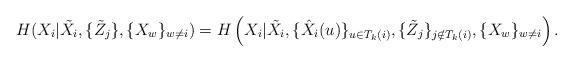
LaTeX: \begin{align*}H(X_i|\tilde{X}_i,\{\tilde{Z}_j\},\{X_w\}_{w \neq i}) = H\left(X_i|\tilde{X}_i,\{\hat{X}_i(u)\}_{u \in T_k(i)}, \{\tilde{Z}_j\}_{j \notin T_k(i)},\{X_w\}_{w \neq i}\right).\end{align*}